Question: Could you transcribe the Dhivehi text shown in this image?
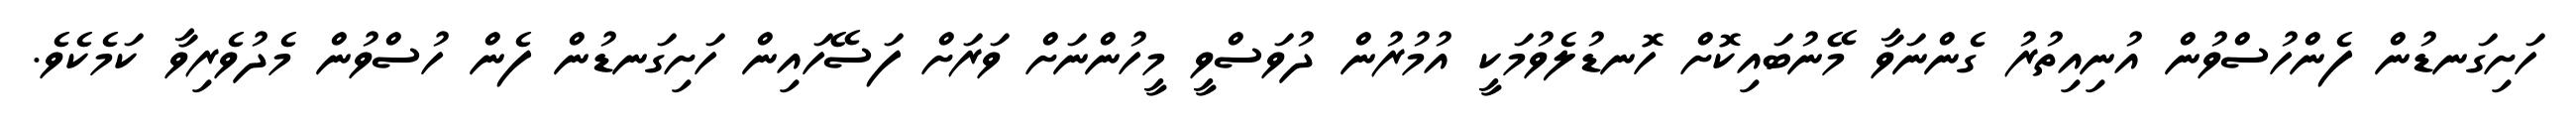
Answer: ހަށިގަނޑުން ފެންހުސްވުން އުނިއިތުރު ގެންނަވާ މޭނުބައިކޮށް ހޮނޑުލެވުމަކީ އުމުރުން ދުވަސްވީ މީހުންނަށް ވަރަށް ފަސޭހައިން ހަށިގަނޑުން ފެން ހުސްވުން މެދުވެރިވާ ކަމެކެވެ.